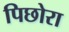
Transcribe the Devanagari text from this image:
पिछोरा